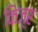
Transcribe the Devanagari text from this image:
किज़्र